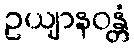
ဥယျာနဝန္တံ